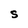
Character: S